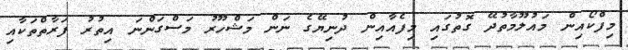
މިފްކޯއިން މައުލޫމާތުދޭ ގޮތުގައި މިފެއާއިން ދުނިޔޭގެ ނަން މަޝްހޫރު މަސްގަންނަ އިތުރު ފަރާތްތަކާއި